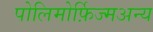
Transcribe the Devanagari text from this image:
पोलिमोर्फ़िज्मअन्य